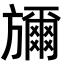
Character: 𭥇